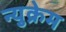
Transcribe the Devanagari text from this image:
न्युक्रेम